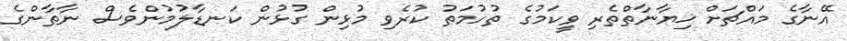
އޭނާގެ މައްޗަށް ޚިޔާނާތްތެރި ވީކަމުގެ ތުހުމަތު ކުރެވި މުޅިން ގުޅުން ކަނޑާލުމުންވެސް ނާތާންގެ